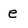
Character: e